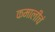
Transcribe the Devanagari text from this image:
कमालीचं